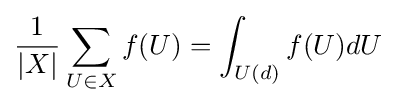
{\frac {1}{|X|}}\sum _{U\in X}f(U)=\int _{U(d)}f(U)dU